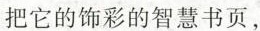
把它的饰彩的智慧书页，